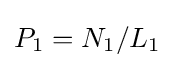
P_{1}=N_{1}/L_{1}